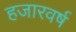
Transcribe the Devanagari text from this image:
हजारवर्ष